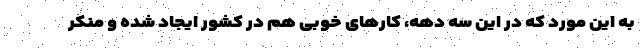
به این مورد که در این سه دهه، کارهای خوبی هم در کشور ایجاد شده و منکر